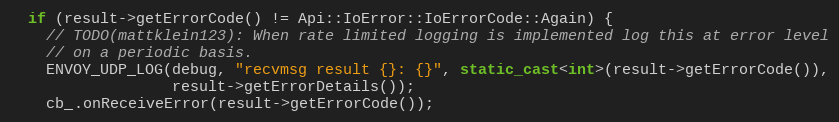
Language: C++
  if (result->getErrorCode() != Api::IoError::IoErrorCode::Again) {
    // TODO(mattklein123): When rate limited logging is implemented log this at error level
    // on a periodic basis.
    ENVOY_UDP_LOG(debug, "recvmsg result {}: {}", static_cast<int>(result->getErrorCode()),
                  result->getErrorDetails());
    cb_.onReceiveError(result->getErrorCode());